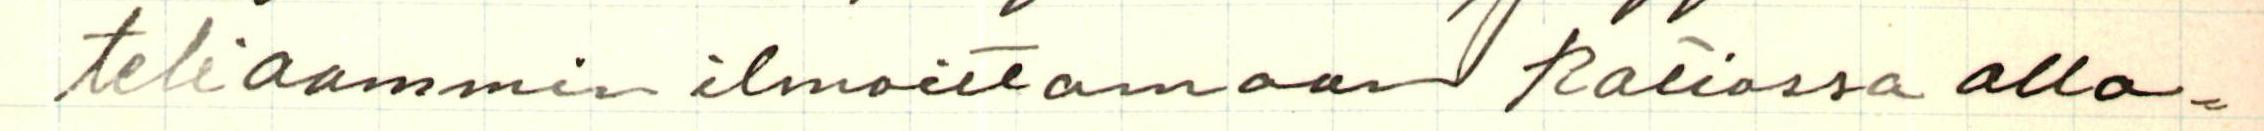
teliaammin ilmoittamaan ratiossa alla-